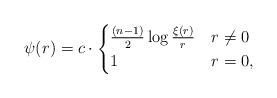
LaTeX: \begin{align*}\psi(r) =c\cdot\begin{cases} \frac{(n-1)}{2}\log\frac{\xi (r)}{r} & r\neq0\\1 & r=0,\end{cases}\end{align*}